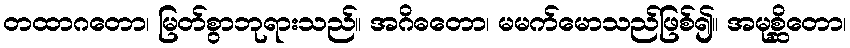
တထာဂတော၊ မြတ်စွာဘုရားသည်။ အဂိဓတော၊ မမက်မောသည်ဖြစ်၍။ အမုစ္ဆိတော၊